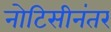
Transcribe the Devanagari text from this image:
नोटिसीनंतर